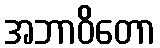
အဘာဝိတော